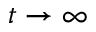
t \rightarrow \infty